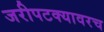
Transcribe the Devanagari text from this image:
जरीपटक्यावरच